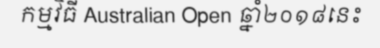
កម្មវិធី Australian Open ឆ្នាំ២០១៨នេះ